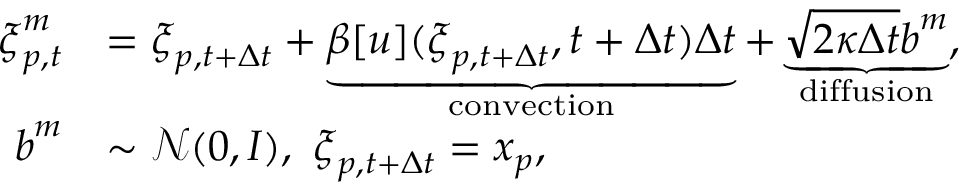
\begin{array} { r l } { { \boldsymbol { \xi } } _ { p , t } ^ { m } } & { = { \boldsymbol { \xi } } _ { p , t + \Delta t } + \underbrace { \boldsymbol { \beta } [ u ] ( \boldsymbol { \xi } _ { p , t + \Delta t } , t + \Delta t ) \Delta t } _ { \mathrm { c o n v e c t i o n } } + \underbrace { \sqrt { 2 \kappa \Delta t } \boldsymbol { b } ^ { m } } _ { \mathrm { d i f f u s i o n } } , } \\ { \boldsymbol { b } ^ { m } } & { \sim \mathcal { N } ( \boldsymbol { 0 } , \boldsymbol { I } ) , \ { \boldsymbol { \xi } } _ { p , t + \Delta t } = \boldsymbol { x } _ { p } , } \end{array}